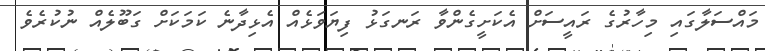
މައްސަލާގައި މިހާރުގެ ރައީސަށް އެކަށީގެންވާ ރަނގަޅު ފިޔަވަޅެއް އެޅިދާނެ ކަމަކަށް ގަބޫލެއް ނުކުރެވެ